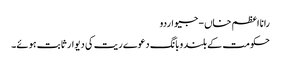
رانا اعظم خاں - جیو اردو
حکومت کے بلند وبانگ دعوے ریت کی دیوار ثابت ہوئے۔